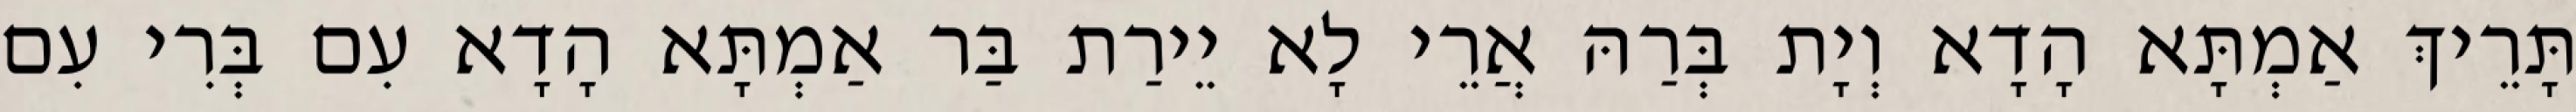
תָּרֵיךְ אַמְתָּא הָדָא וְיָת בְּרַהּ אֲרֵי לָא יֵירַת בַּר אַמְתָּא הָדָא עִם בְּרִי עִם